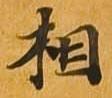
相